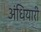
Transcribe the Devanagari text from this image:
अंधियारी